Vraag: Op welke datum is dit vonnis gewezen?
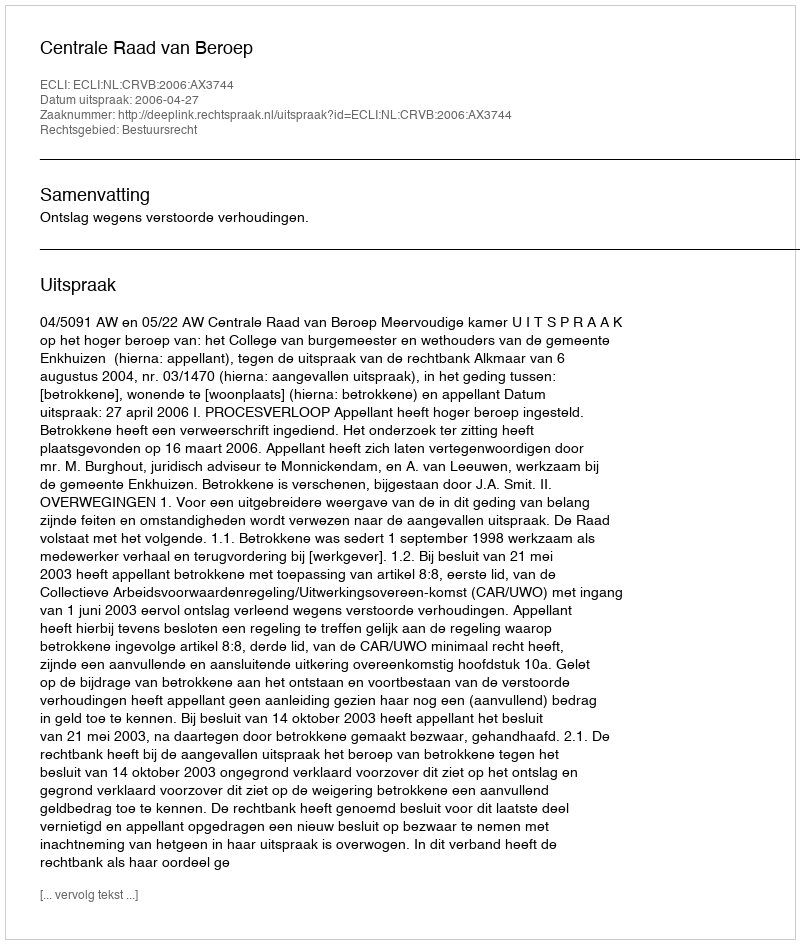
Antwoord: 2006-04-27